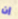
إن